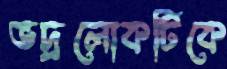
ভদ্রলোকটিকে